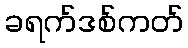
ခရက်ဒစ်ကတ်